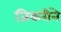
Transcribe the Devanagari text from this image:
जिकरीने